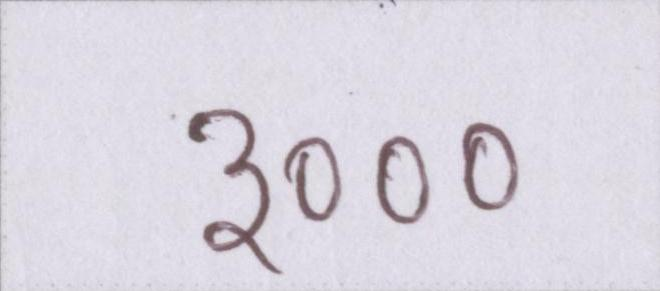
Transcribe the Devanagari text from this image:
३०००